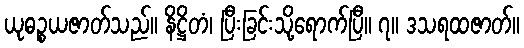
ယုဓဉ္စယဇာတ်သည်။ နိဋ္ဌိတံ၊ ပြီးခြင်းသို့ရောက်ပြီ။ ၇။ ဒသရထဇာတ်။